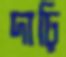
দাঢ়ি